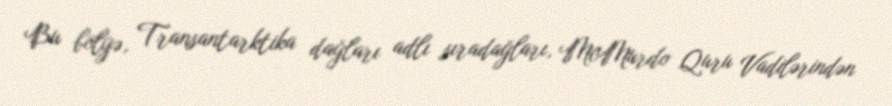
Bu bölgə, Transantarktika dağları adlı sıradağları, McMurdo Quru Vadilərindən